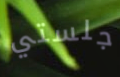
جلستي